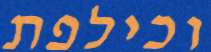
וכילפת